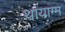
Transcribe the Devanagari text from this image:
थायाग्म